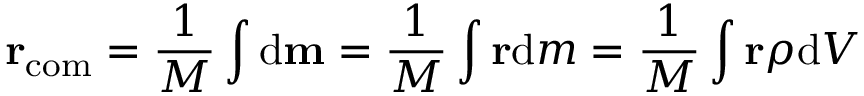
\mathbf { r } _ { \mathrm { c o m } } = { \frac { 1 } { M } } \int \mathrm { d } \mathbf { m } = { \frac { 1 } { M } } \int \mathbf { r } \mathrm { d } m = { \frac { 1 } { M } } \int \mathbf { r } \rho \mathrm { d } V